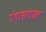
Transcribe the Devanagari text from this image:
रंगासारखा